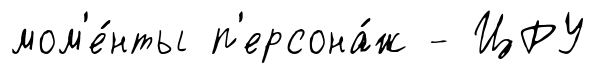
мом'е́нты п'ерсона́ж - ЦРУ